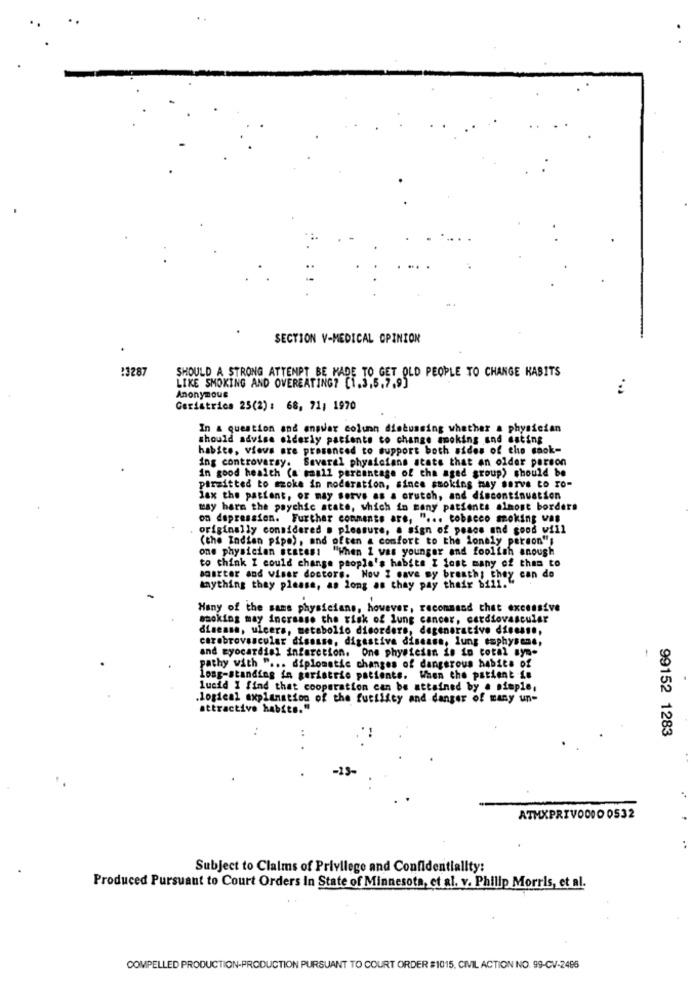
SECTION V-MEDICAL OPINION
!3287
SHOULD A STRONG ATTEMPT BE MADE TO GET OLD PEOPLE TO CHANGE KABITS
LIKE SMOKING AND OVEREATING? [1.3.5.7.9]
...
Anonymous
Geriatrica 25(2) : 68, 71, 1970
In & question and angular column discussing whether a physician
should advise elderly paciente to change smoking and eating
habite, views are presenced to support both sides of the saok-
ing controversy. Several physicians state that an older person
in good health (a small percentage of the aged group) should be
permitted to moke in moderation, since smoking may serve to ro-
lax the patient, or may serve as a crutch, and discontinuation
may harm the psychic state, which in many patients almost borders
on depression. Further comments are, " ... tobacco moking was
originally considered . pleasure, a sign of peace and good will
(the Indian pipo), and often a comfort to the lonely person"s
one physician states: "When I was younger and foolish anoush
to think I could change people's habits I font many of them to
maarter and viser doctors. Now I save my breath; they can de
anything thay please, as long as thay pay their bill."
Hany of the sams physicians, however, recommend that excessive
smoking may increase the risk of lung cancer, cardiovascular
disease, ulcers, metabolio disorders, degeneracive disease,
cerebrovascular disease, digestive disease, lung emphysene,
and myocardial infarction. One physician is in total sym-
-
pathy with " ... diplomatic changes of dangerous habits of
long-standing in geriatrie patients. When the patient io
lucid I find that cooperation can be attained by a simple,
.logical explanation of the futilicy and danger of many un-
attractive habits."
99152 1283
ATMXPRIVO00O 0532
..
Subject to Claims of Privilege and Confidentiality:
Produced Pursuant to Court Orders In State of Minnesota, et al. v. Philip Morris, et al.
COMPELLED PRODUCTION-PRODUCTION PURSUANT TO COURT ORDER #1015, CIVIL ACTION NO. 99-CV-2486